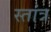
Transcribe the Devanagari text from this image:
स्तांत्र